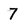
Character: 7